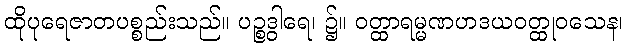
ထိုပုရေဇာတပစ္စည်းသည်။ ပဉ္စဒွါရေ၊ ၌။ ဝတ္ထာရမ္မဏဟဒယဝတ္ထုဝသေန၊